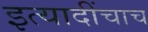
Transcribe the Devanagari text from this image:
इत्यादींचाच